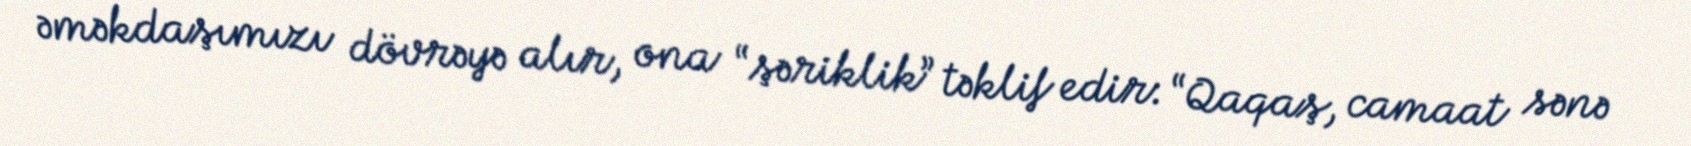
əməkdaşımızı dövrəyə alır, ona “şəriklik” təklif edir: “Qaqaş, camaat sənə